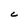
Character: C